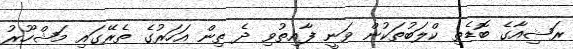
ރަޝިއާގެ ބޮޑެތިި ކްލަބުތަކުން ވަނީ ފާއިތުވި ދެ ތިން އަހަރުގެ ތެރޭގައި މަޝްހޫރު